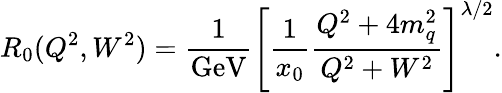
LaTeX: R_{0}(Q^{2},W^{2})=\frac{1}{\mathrm{{GeV}}}\left[\frac{1}{x_{0}}\frac{Q^{2}+4m_{q}^{2}}{Q^{2}+W^{2}}\right]^{\lambda/2}.